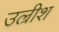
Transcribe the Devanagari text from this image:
उल्रीश